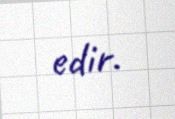
edir.